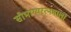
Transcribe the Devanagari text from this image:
सौभाग्यरत्नमाला